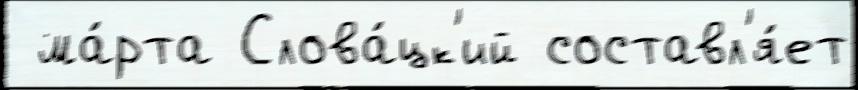
 ма́рта Слова́цк'ий составл'я́ет